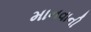
માનવાની